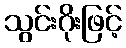
သွင်းဂိုးဖြင့်